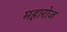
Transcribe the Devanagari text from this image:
महारोज